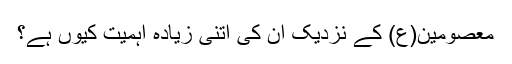
معصومین(ع) کے نزدیک ان کی اتنی زیادہ اہمیت کیوں ہے؟